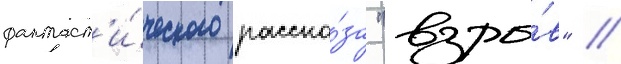
фантаст'и́ческого расска́за "взры́в" //